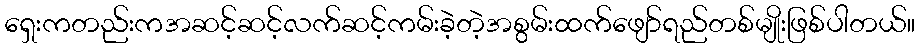
ရှေးကတည်းကအဆင့်ဆင့်လက်ဆင့်ကမ်းခဲ့တဲ့အစွမ်းထက်ဖျော်ရည်တစ်မျိုးဖြစ်ပါတယ်။